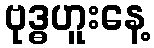
ဗုဒ္ဓဟူးနေ့